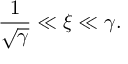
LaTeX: \frac 1 { \sqrt \gamma } \ll \xi \ll \gamma .